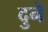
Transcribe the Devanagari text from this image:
दुनै